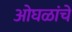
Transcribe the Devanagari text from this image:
ओघळांचे